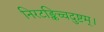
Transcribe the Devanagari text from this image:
निरटङ्किच्चदुष्टम्।